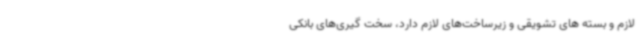
لازم و بسته های تشویقی و زیرساخت‌های لازم دارد، سخت گیری‌های بانکی